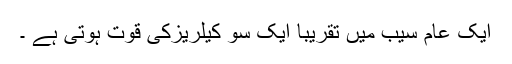
ایک عام سیب میں تقریبا ًایک سو کیلریزکی قوت ہوتی ہے ۔